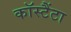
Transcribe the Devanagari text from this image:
कॉस्टैंटा